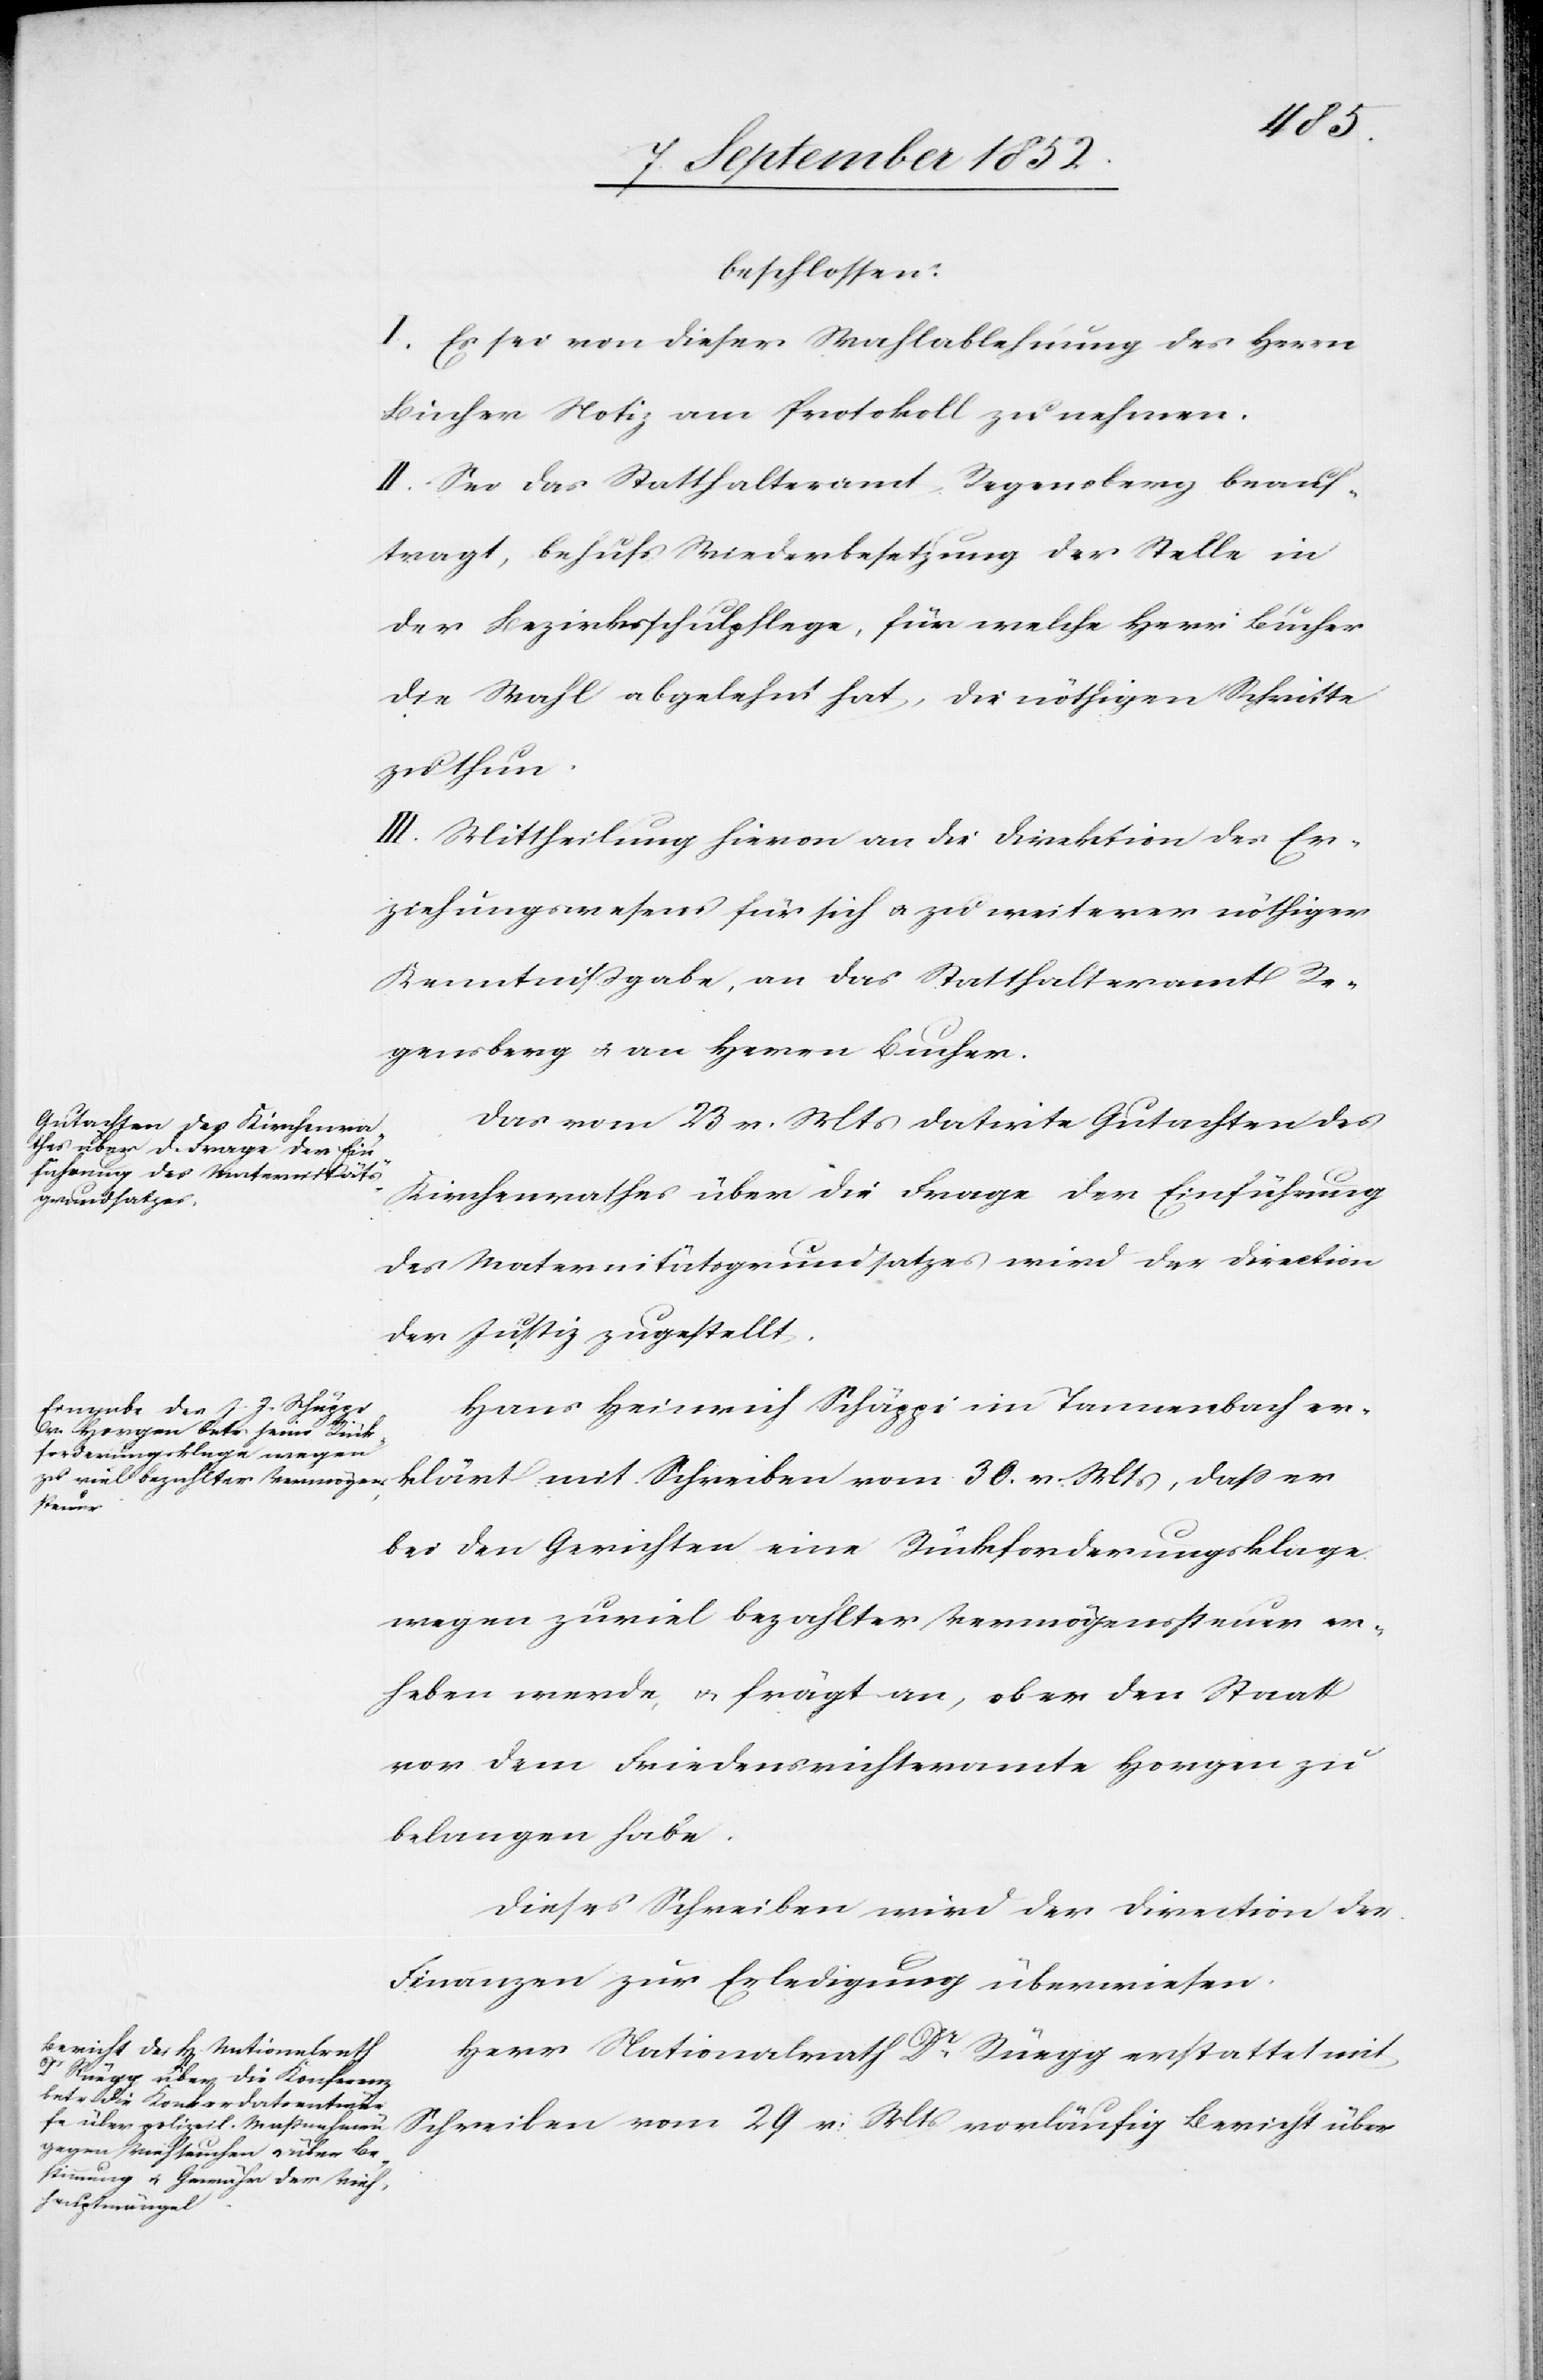
beschlossen:
I. Es sei von dieser Wahlablehnung des Herrn
Bucher Notiz am Protokoll zu nehmen.
II. Sei das Statthalteramt Regensberg beauf¬
tragt, behufs Wiederbesetzung der Stelle in
der Bezirksschulpflege, für welche Herr Bucher
die Wahl abgelehnt hat, die nöthigen Schritte
zu thun.
III. Mittheilung hievon an die Direktion des Er¬
ziehungswesens für sich & zu weiterer nöthiger
Kenntnißgabe, an das Statthalteramt Re¬
gensberg & an Herrn Bucher.
Das vom 23 v. Mts datirte Gutachten des
Kirchenrathes über die Frage der Einführung
des Maternitätsgrundsatzes wird der Direction
der Justiz zugestellt.
Hans Heinrich Schäppi im Tannenbach er¬
klärt mit
bei den Gerichten eine Rückforderungsklage
wegen zuviel bezahlter Vermögenssteuer er¬
heben werde, & frägt an, ob er den Staat
vor dem Friedensrichteramte Horgen zu
belangen habe.
Dieses Schreiben wird der Direction der
Finanzen zur Erledigung überwiesen.
Herr Nationalrath Dr. Rüegg erstattet mit
Schreiben vom 29 v. Mts vorläufig Bericht über